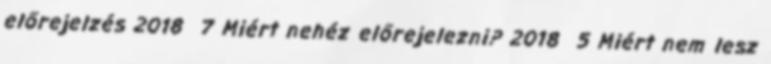
előrejelzés 2018 7 Miért nehéz előrejelezni? 2018 5 Miért nem lesz